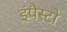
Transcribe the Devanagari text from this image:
इंपैस्टो